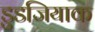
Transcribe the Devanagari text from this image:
डुडजियाक